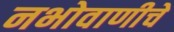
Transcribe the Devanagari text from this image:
नभोवाणीचे